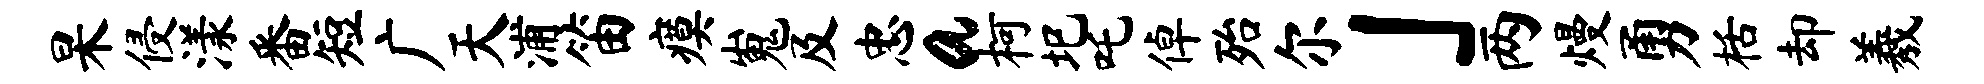
杲侵漾番短广天浦笛瘼嵬及忠a柯圯吒倬殆尔」两熳勇栝却羲